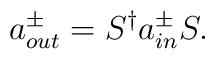
a_{out}^{\pm }=S^{\dagger }a_{in}^{\pm }S.